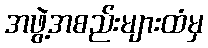
အဖွဲ့အစည်းများထံမှ